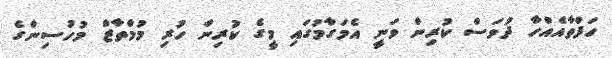
ހަފްތާއެއްހާ ދުވަސް ކުރިން ވަނީ އެމަގާމުގައި މީގެ ކުރިން ހުރި މުމްތާޒް މުހުސިންގެ